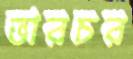
ভারচর